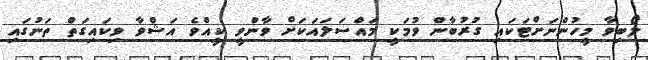
ލޯބިވާ މީހުންނަށްޓަކައި ގުރުބާން ވުމަކީ މައްސަލައަކަށް ވާންވީ ކީއްވެ އަޝްވާ ވިކައިގަތް ތަނުގައި